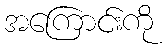
အကြောင်းကို